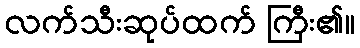
လက်သီးဆုပ်ထက် ကြီး၏။